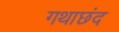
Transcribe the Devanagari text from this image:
गथाछंद